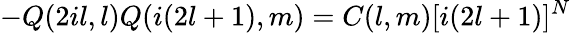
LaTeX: -Q(2il,l)Q(i(2l+1),m)=C(l,m)[i(2l+1)]^{N}